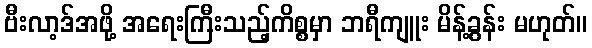
ဗီးလာ့ဒ်အဖို့ အရေးကြီးသည့်ကိစ္စမှာ ဘရီကျူး မိန့်ခွန်း မဟုတ်။